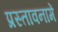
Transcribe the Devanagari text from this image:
प्रस्‍तावनामें